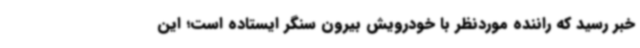
خبر رسید که راننده موردنظر با خودرویش بیرون سنگر ایستاده است؛ این